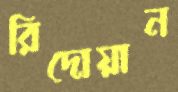
রিদোয়ান